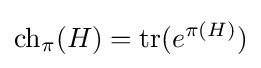
\operatorname {ch} _{\pi }(H)=\operatorname {tr} (e^{\pi (H)})